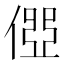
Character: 𠍄